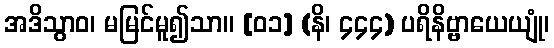
အဒိသွာဝ၊ မမြင်မူ၍သာ။ [၀၁] (နိ၊ ၄၄၄) ပရိနိဗ္ဗာယေယျုံ၊